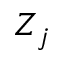
Z _ { j }